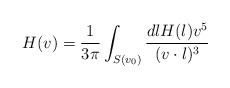
\begin{align*}H(v)={1\over 3\pi}\int_{S(v_0)} {dl H(l) v^5\over (v\cdot l)^3}\end{align*}